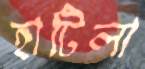
হাটিলা